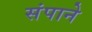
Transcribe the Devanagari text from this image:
संपाने